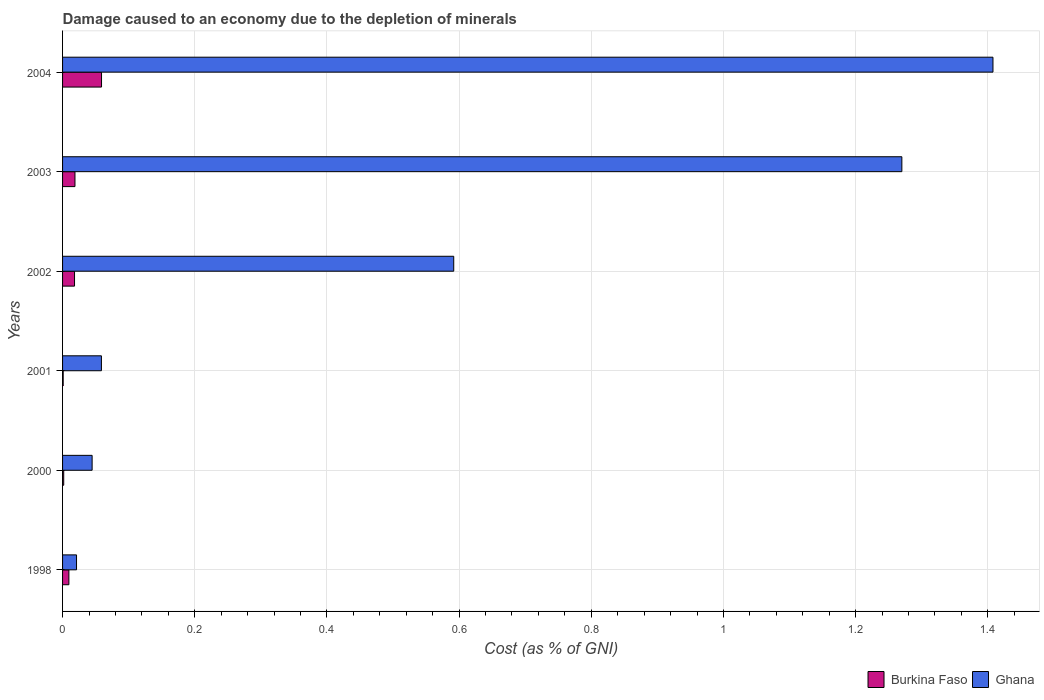
| Years | Burkina Faso | Ghana |
 | --- | --- | --- |
 | 1998 | 0.00957 | 0.0211 |
 | 2000 | 0.00174 | 0.0447 |
 | 2001 | 0.00095 | 0.0588 |
 | 2002 | 0.0181 | 0.592 |
 | 2003 | 0.0188 | 1.27 |
 | 2004 | 0.059 | 1.41 |